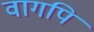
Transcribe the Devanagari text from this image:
वागपि